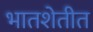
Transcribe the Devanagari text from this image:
भातशेतीत